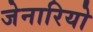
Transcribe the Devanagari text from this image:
जेनारियो